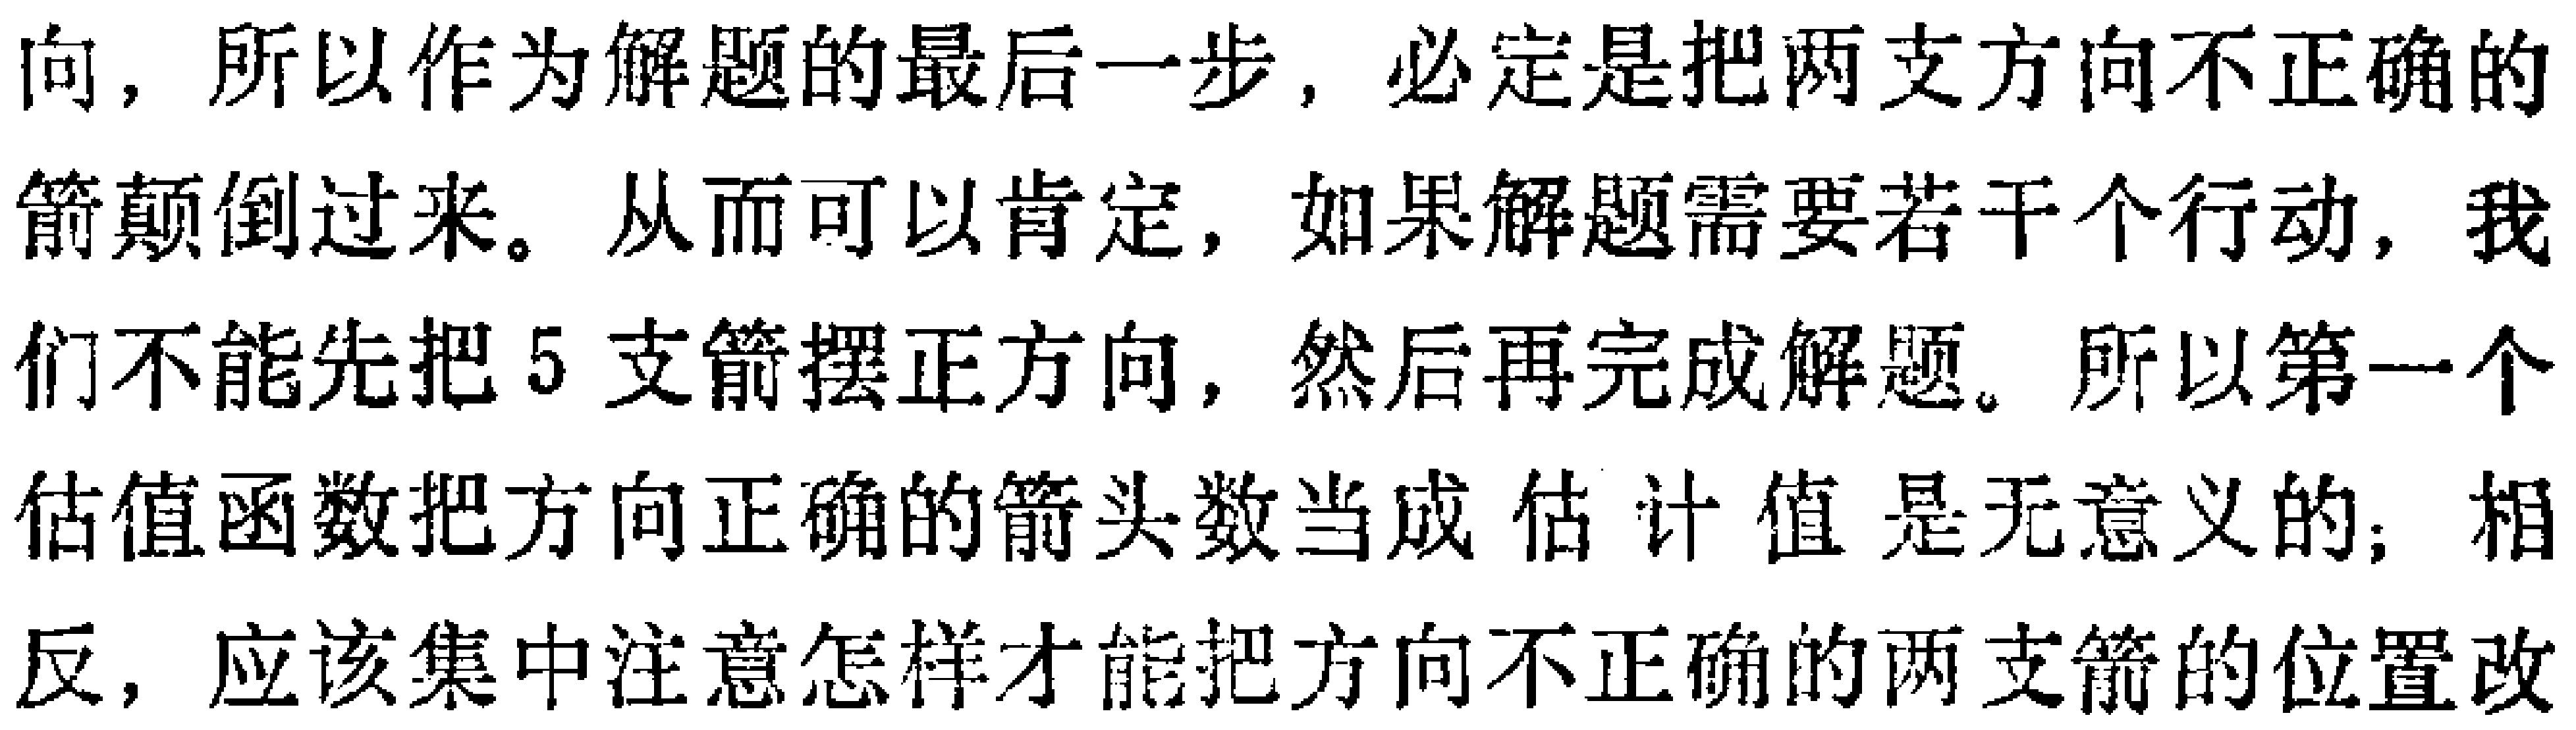
向，所以作为解题的最后一步，必定是把两支方向不正确的

箭颠倒过来。从而可以肯定，如果解题需要若干个行动，我

们不能先把5支箭摆正方向，然后再完成解题。所以第一个

估值函数把方向正确的箭头数当成估计值是无意义的；相

反，应该集中注意怎样才能把方向不正确的两支箭的位置改